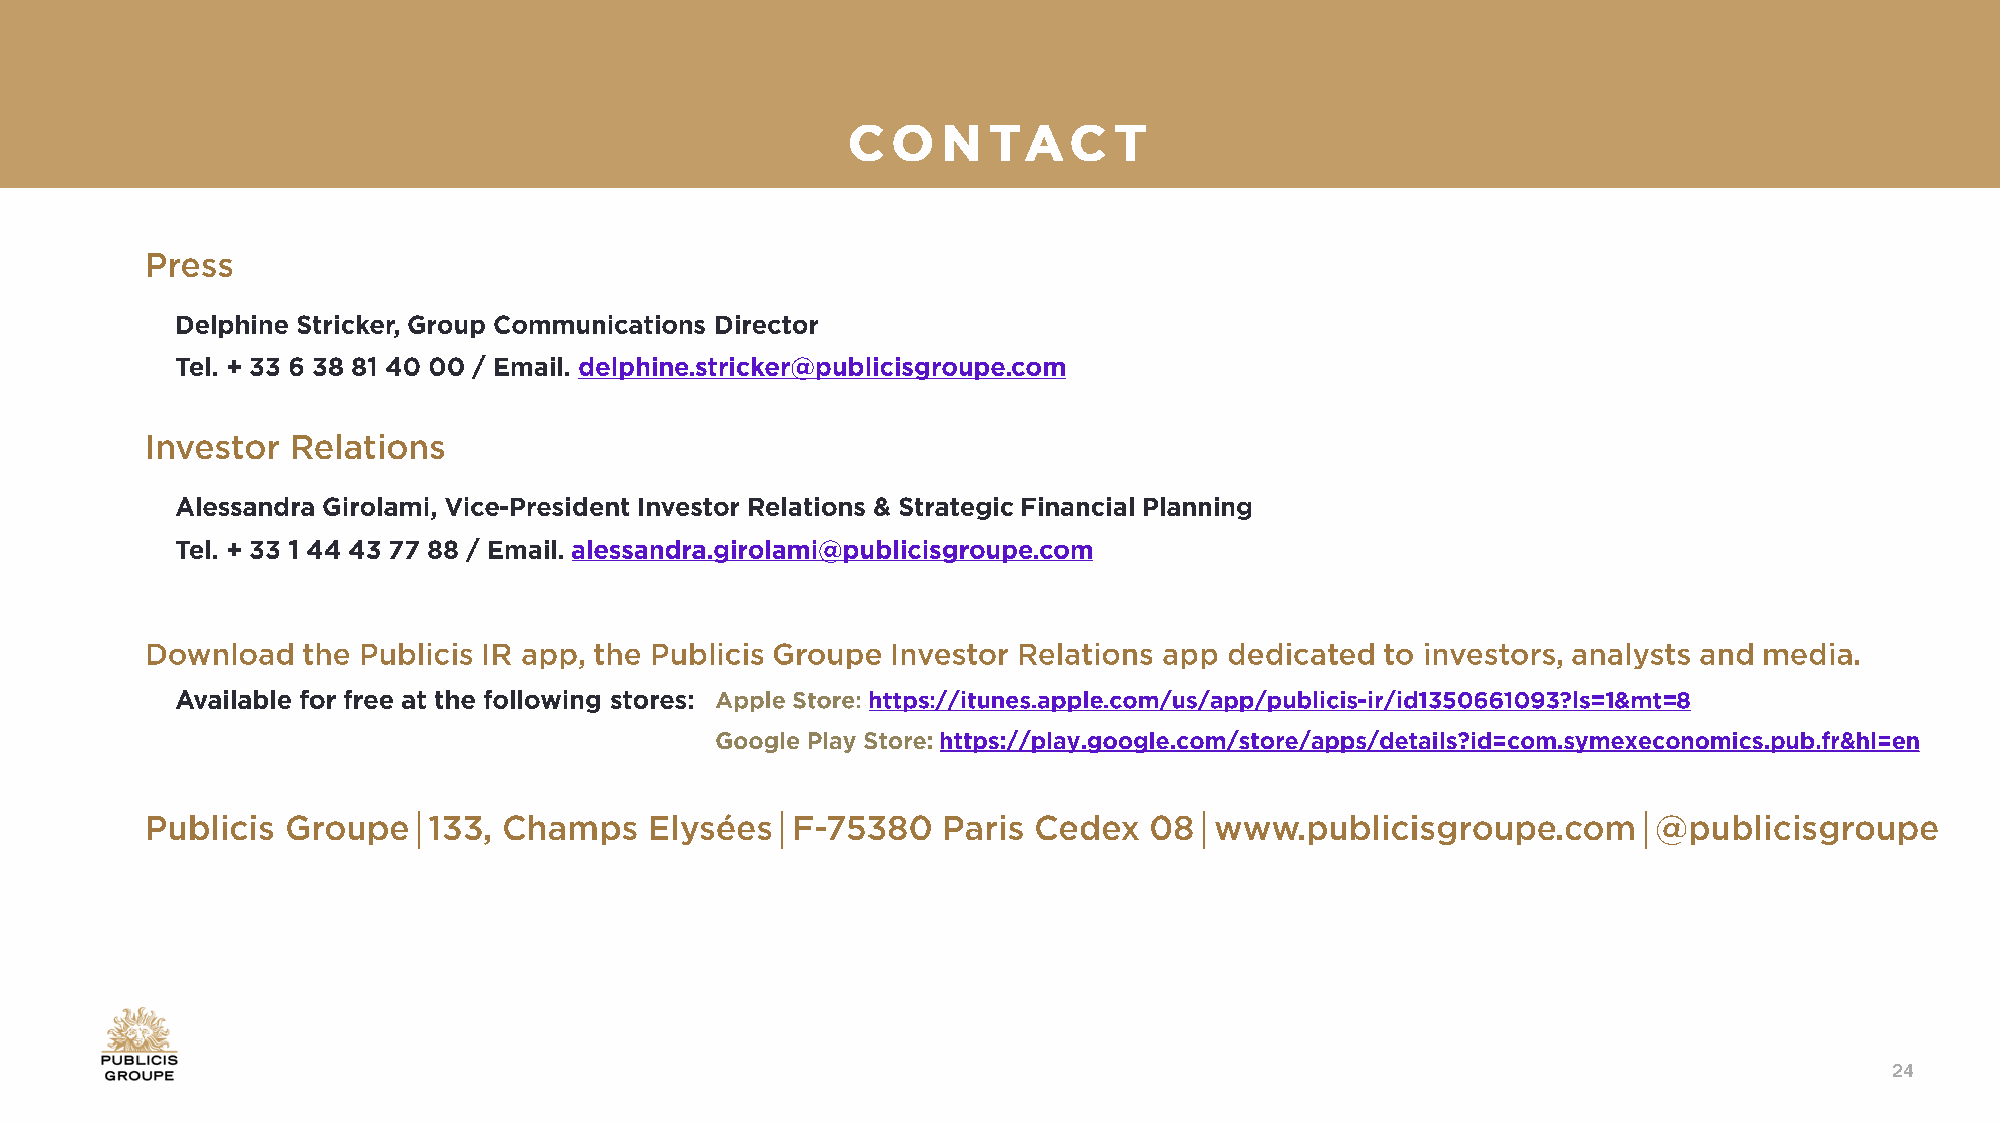
│                       │                           │                            │
 24